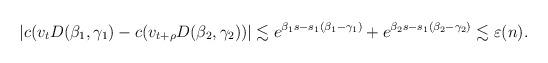
LaTeX: \begin{align*} |c(v_tD(\beta_1,\gamma_1) - c(v_{t+\rho}D(\beta_2,\gamma_2))| \lesssim e^{\beta_1 s-s_1(\beta_1-\gamma_1)} + e^{\beta_2 s-s_1(\beta_2-\gamma_2)} \lesssim \varepsilon(n).\end{align*}